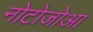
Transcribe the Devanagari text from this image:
नोटोजोआ